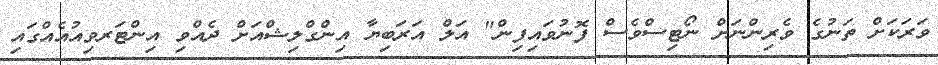
ވަރަކަށް ތަނުގެ ވެރިންނަށް ނޯޓިސްވެސް ފޮނުވައިފިން" އަލް އަރަބިޔާ އިންގްލިޝްއަށް ދެއްވި އިންޓަރވިއުއެއްގައި